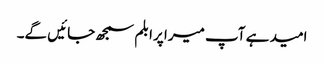
امید ہے آپ میرا پرابلم سمجھ جائیں گے۔